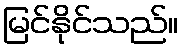
မြင်နိုင်သည်။